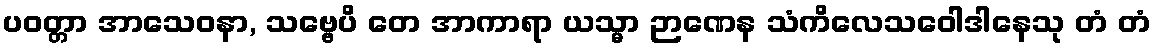
ပဝတ္တာ အာသေဝနာ, သဗ္ဗေပိ တေ အာကာရာ ယသ္မာ ဉာဏေန သံကိလေသဝေါဒါနေသု တံ တံ